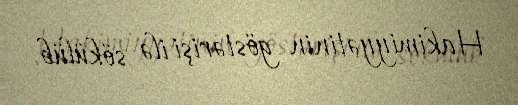
Hakimiyyətinin göstərişi ilə sökülüb.